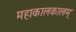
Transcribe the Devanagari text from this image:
महाकालकालम्